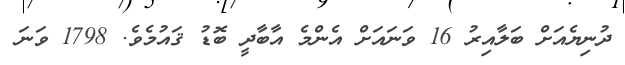
ދުނިޔެއަށް ބަލާއިރު 16 ވަނައަށް އެންމެ އާބާދީ ބޮޑު ޤައުމެވެ. 1798 ވަނަ